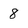
Character: 8